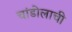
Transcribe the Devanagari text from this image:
चांडोलाची